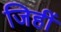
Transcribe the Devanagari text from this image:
जिहीं